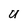
Character: U